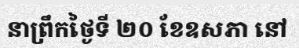
នាព្រឹកថ្ងៃទី ២០ ខែឧសភា នៅ